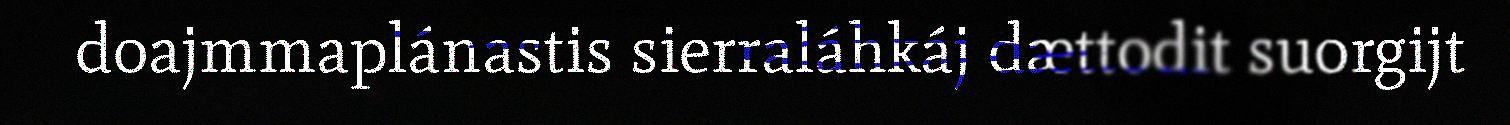
doajmmaplánastis sierraláhkáj dættodit suorgijt